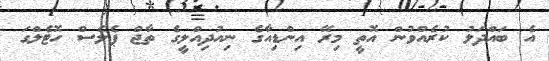
އެ ބައްދަލު ކުރެއްވުން އޮތީ މިރޭ އިންޑިއާގެ ނިއުދިއްލީގެ ތާޖް ޕެލެސް ހޮޓެލްގަ